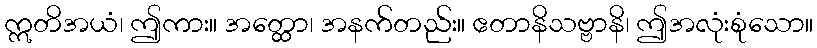
ဣတိအယံ၊ ဤကား။ အတ္ထော၊ အနက်တည်း။ ဧတာနိသဗ္ဗာနိ၊ ဤအလုံးစုံသော။